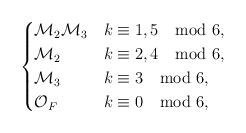
LaTeX: \begin{gather*} \begin{cases}\mathcal M_2\mathcal M_3& k\equiv 1, 5 \mod 6,\\\mathcal M_2 & k\equiv 2,4 \mod 6,\\\mathcal M_3 & k\equiv 3 \mod 6,\\{\mathcal O}_F & k\equiv 0 \mod 6,\end{cases}\end{gather*}